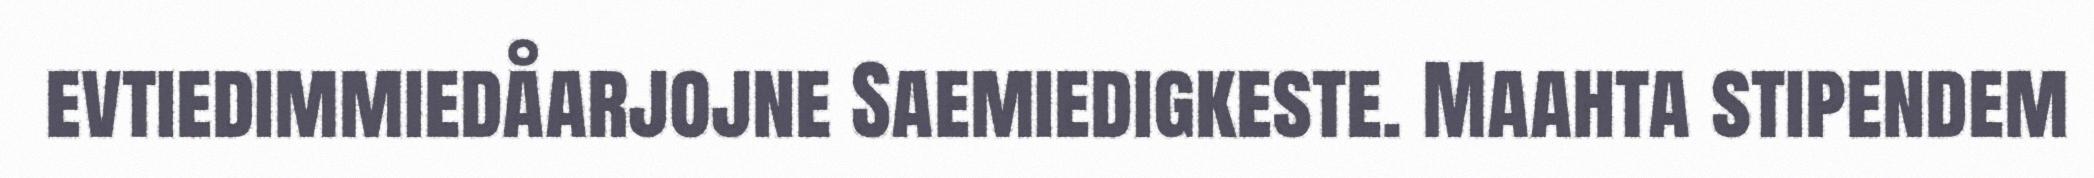
evtiedimmiedåarjojne Saemiedigkeste. Maahta stipendem